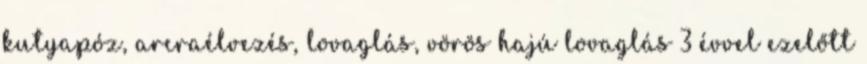
kutyapóz, arcraélvezés, lovaglás, vörös hajú lovaglás 3 évvel ezelőtt